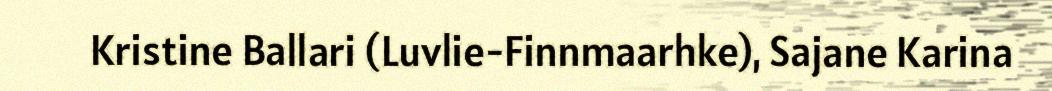
Kristine Ballari (Luvlie-Finnmaarhke), Sajane Karina